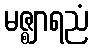
မဇ္ဈာရညံ